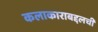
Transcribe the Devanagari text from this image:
कलाकाराबद्दलची